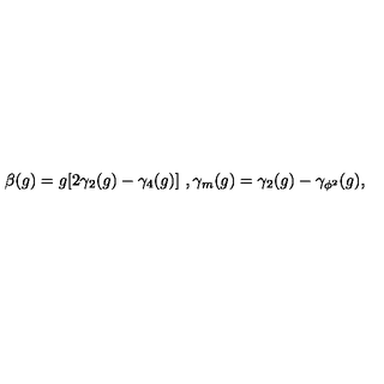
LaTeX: \beta ( g ) = g [ 2 \gamma _ { 2 } ( g ) - \gamma _ { 4 } ( g ) ] \ , \gamma _ { m } ( g ) = \gamma _ { 2 } ( g ) - \gamma _ { \phi ^ { 2 } } ( g ) ,